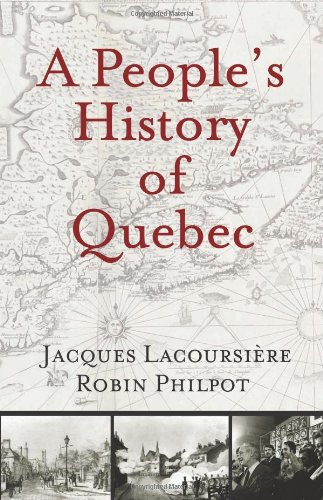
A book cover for A People's History of Quebec; Jacques Lacoursiere; History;